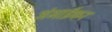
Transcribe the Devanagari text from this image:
अंभाईकर